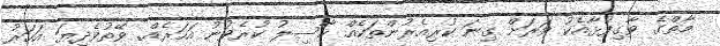
މާތްގެ ވާގިފުޅާއެކު ވަރަށް ގިނަ ކުރިއެރުންތަކެއް ހާސިލު ކުރެވުނު އަހަރެއް. ވޭތުވެދިޔަ އަހަރު